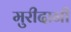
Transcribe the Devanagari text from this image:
मुरीदानी